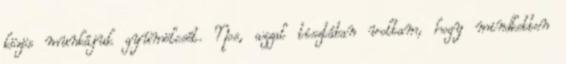
közös munkájuk gyümölcsét. Nos, azzal tisztában voltam, hogy mindketten